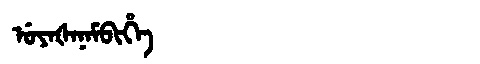
Manchu: ᡠᠶᠠᡧᠠᠨᠠᠮᠪᡳᡥᡝ
Romanization: UYAŠANAMBIHE